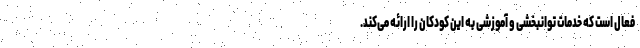
فعال است که خدمات توانبخشی و آموزشی به این کودکان را ارائه می‌کند.